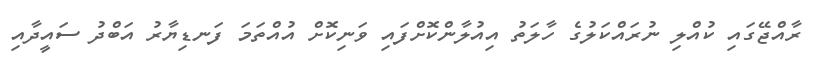
ރާއްޖޭގައި ކުއްލި ނުރައްކަލުގެ ހާލަތު އިއުލާންކޮށްފައި ވަނިކޮށް އުއްތަމަ ފަނޑިޔާރު އަބްދު ސައީދާއި